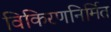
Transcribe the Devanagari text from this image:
विकिरणनिर्मित